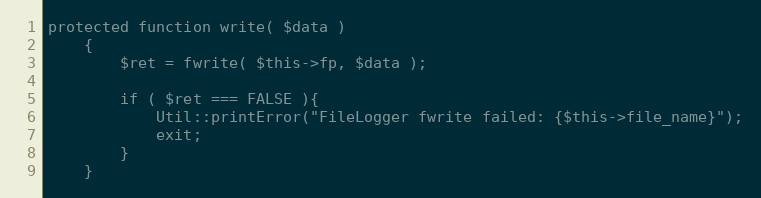
Language: PHP
protected function write( $data )
    {
        $ret = fwrite( $this->fp, $data );

        if ( $ret === FALSE ){
            Util::printError("FileLogger fwrite failed: {$this->file_name}");
            exit;
        }
    }